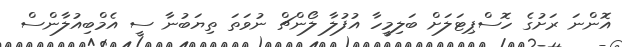
އޮންނަ ރަށުގެ ހޮސްޕިޓަލަށް ބަލިމީހާ އުފުލާ ލޯންޗް ނުވަތަ ތިޔަބުނާ ސީ އެމްބިއުލާންސް